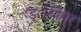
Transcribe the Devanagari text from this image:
ड््योहार